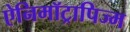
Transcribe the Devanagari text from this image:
ऐनिमॉट्रापिज्म